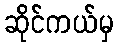
ဆိုင်ကယ်မှ